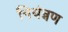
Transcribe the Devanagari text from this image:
नियंन्नण